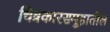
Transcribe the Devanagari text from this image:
चित्रकारसमूहातील